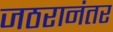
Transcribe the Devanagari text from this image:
जठरानंतर